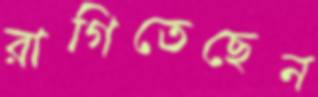
রাগিতেছেন